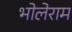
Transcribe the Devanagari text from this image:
भोलेराम